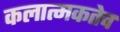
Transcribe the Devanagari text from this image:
कलात्मकतेच